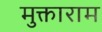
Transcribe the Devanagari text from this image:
मुक्ताराम